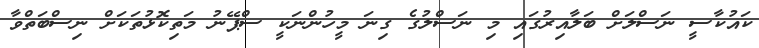
ކައުކާސީ ނަސްލަށް ބަލާއިރުގައި މި ނަސްލުގެ ގިނަ މީހުންނަކީ ސްޕޭނު މަތިކޮޅުތަކަށް ނިސްބަތްވާ